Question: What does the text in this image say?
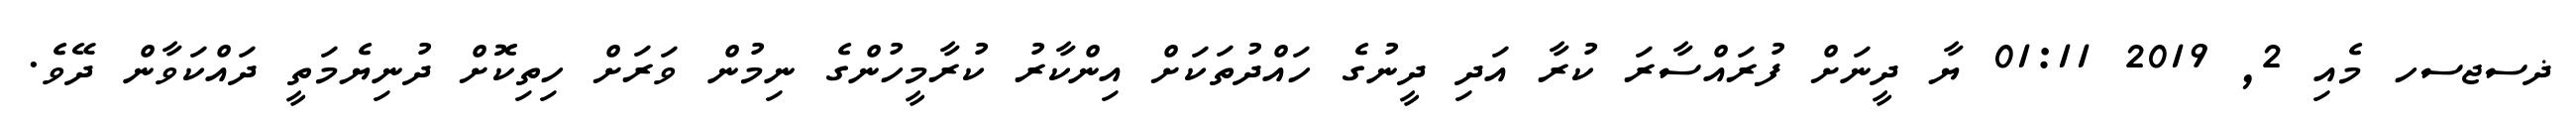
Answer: ޛސޖސހ މެއި 2, 2019 01:11 ޔާ ދީނަށް ފުރައްސާރަ ކުރާ އަދި ދީނުގެ ހައްދުތަކަށް އިންކާރު ކުރާމީހުންގެ ނިމުން ވަރަށް ހިތިކޮށް ދުނިޔެމަތީ ދައްކަވާން ދޭވެ.